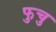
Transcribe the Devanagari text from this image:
फुचु